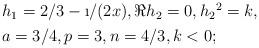
LaTeX: \begin{align*}\begin{aligned}&h_1 = 2/3 - \i/(2x),\Re h_2 = 0,h_2{}^2 = k,\\&a=3/4,p = 3,n=4/3,k<0 ;\end{aligned}\end{align*}